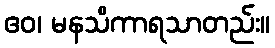
ဧဝ၊ မနသိကာရသာတည်း။